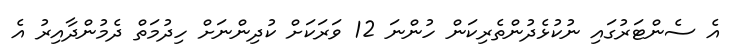
އެ ސެންޓަރުގައި ނުކުޅެދުންތެރިކަން ހުންނަ 12 ވަރަކަށް ކުދިންނަށް ހިދުމަތް ދެމުންދާއިރު އެ